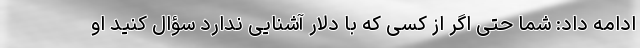
ادامه داد: شما حتی اگر از کسی که با دلار آشنایی ندارد سؤال کنید او